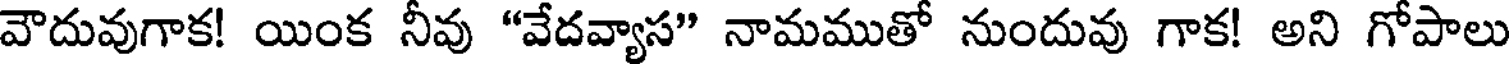
వౌదువుగాక! యింక నీవు "వేదవ్యాస" నామముతో నుందువు గాక! అని గోపాలు